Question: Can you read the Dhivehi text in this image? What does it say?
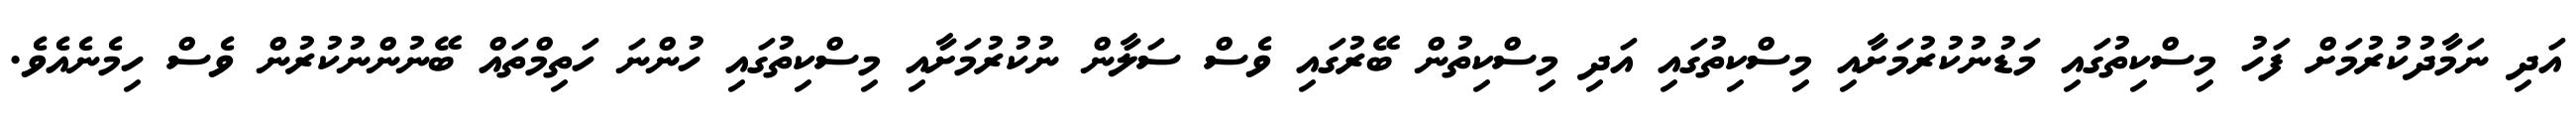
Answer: އަދި ނަމާދުކުރުމަށް ފަހު މިސްކިތުގައި މަޑުނުކުރުމަށާއި މިސްކިތުގައި އަދި މިސްކިތުން ބޭރުގައި ވެސް ސަލާން ނުކުރުމަށާއި މިސްކިތުގައި ހުންނަ ހަތިމްތައް ބޭނުންނުކުރުން ވެސް ހިމެނެއެވެ.